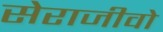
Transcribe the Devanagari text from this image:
सेराजीवो